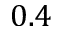
0 . 4